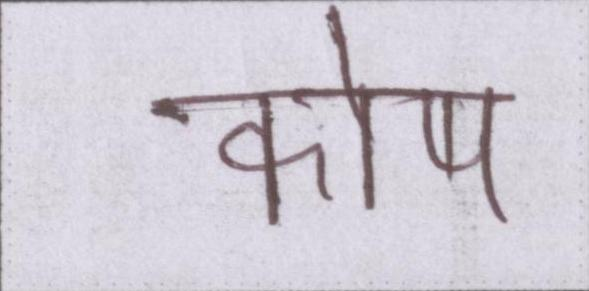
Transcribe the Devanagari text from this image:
कोष